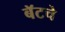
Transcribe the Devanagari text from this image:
बॅटचे